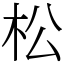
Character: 松